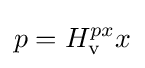
p=H_{\rm {v}}^{px}x